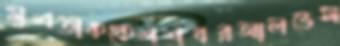
মুশতাককেশশধরআলভেস